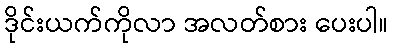
ဒိုင်းယက်ကိုလာ အလတ်စား ပေးပါ။